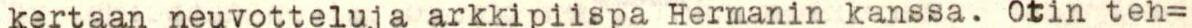
kertaan neuvotteluja arkkipiispa Hermanin kanssa. Otin teh=